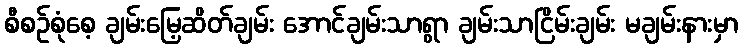
စီစဉ်စုံစေ့ ချမ်းမြေ့ဆိတ်ချမ်း အောင်ချမ်းသာရွာ ချမ်းသာငြိမ်းချမ်း မချမ်းနားမှာ